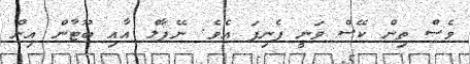
ވެސް ތިން ކޭސް ވަނީ ފެނިފަ އެވެ. ނޭޕާލް އާއި ބޫޓާން އިން